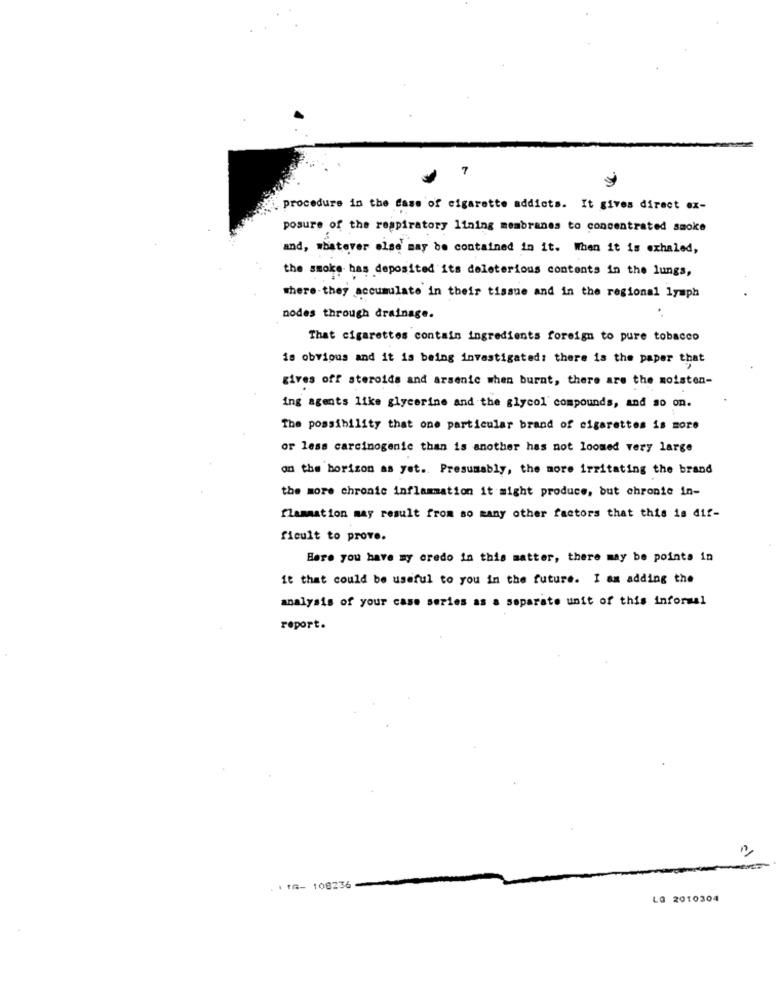
7
procedure in the Case of cigarette addicts. It gives direct ex-
posure of the respiratory lining membranes to concentrated smoke
and, whatever else may be contained in it. When it is exhaled,
the smoke has deposited its deleterious contents in the lungs,
where they accumulate in their tissue and in the regional lymph
nodes through drainage.
That cigarettes contain ingredients foreign to pure tobacco
is obvious and it is being investigated: there is the paper that
gives off steroids and arsenic when burnt, there are the moisten-
ing agents like glycerine and the glycol compounds, and so on.
The possibility that one particular brand of cigarettes is more
or less carcinogenic than is another has not loomed very large
on the horizon as yet. Presumably, the more irritating the brand
the more chronic inflammation it might produce, but chronie in-
flammation may result from so many other factors that this is dif-
ficult to prove.
Bare you have my credo in this matter, there may be pointa in
it that could be useful to you in the future. I am adding the
analysis of your case series as a separate unit of this informal
report.
. 1 1G- 108236
LG 2010304